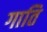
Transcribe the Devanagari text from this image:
गाति